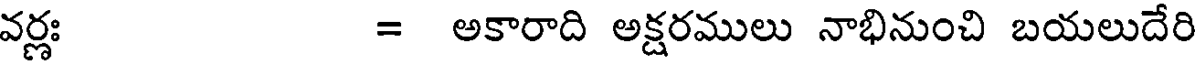
వర్ణః = అకారాది అక్షరములు నాభినుంచి బయలుదేరి